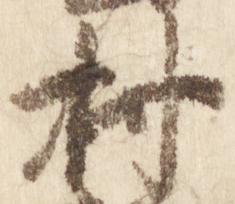
村